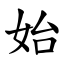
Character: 始